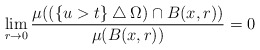
\begin{align*}\lim_{r\to 0}\frac{\mu((\{u>t\}\bigtriangleup \Omega) \cap B(x,r))}{\mu (B(x,r))}= 0\end{align*}